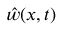
\hat { w } ( x , t )